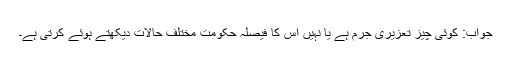
جواب: کوئی چیز تعزیری جرم ہے یا نہیں اس کا فیصلہ حکومت مختلف حالات دیکھتے ہوئے کرتی ہے۔